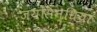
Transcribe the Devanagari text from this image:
जयसिन्धिया